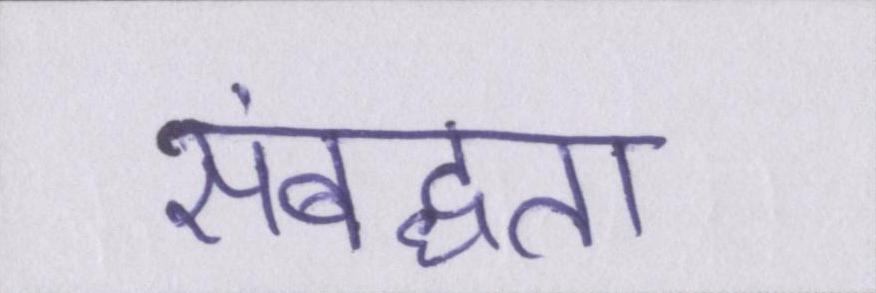
संबद्धता